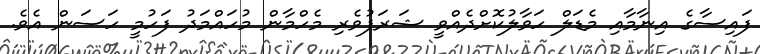
ފައިސާގެ އިނާމާއި މެޑަލް ހަވާލުކޮށްދެއްވީ ޝަރަފުވެރި މެހްމާން މުހައްމަދު ފަހުމީ ހަސަން އެވެ.